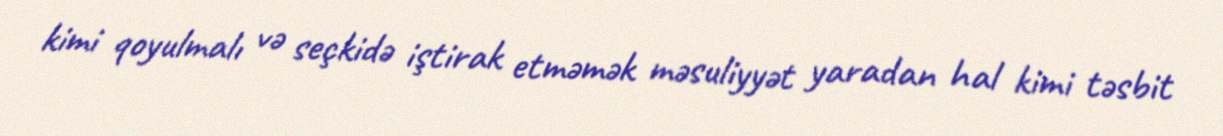
kimi qoyulmalı və seçkidə iştirak etməmək məsuliyyət yaradan hal kimi təsbit